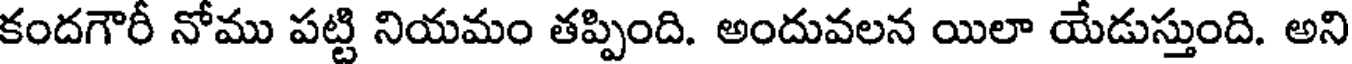
కందగౌరీ నోము పట్టి నియమం తప్పింది. అందువలన యిలా యేడుస్తుంది. అని